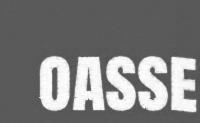
oasse